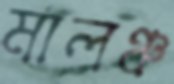
মালঞ্চ